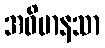
အဓိမာနသာ